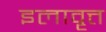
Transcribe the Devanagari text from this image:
इलावृत्त